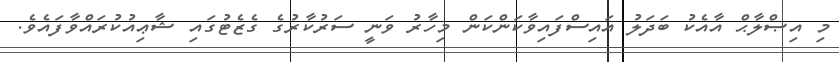
މި އިޞްލާޙް އާއެކު ބަދަލު އައިސްފައިވާކަންކަން މިހާރު ވަނީ ސަރުކާރުގެ ގެޒެޓުގައި ޝާޢިއުކުރައްވާފައެވެ.